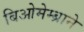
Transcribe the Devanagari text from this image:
बिओमेम्ब्राने